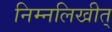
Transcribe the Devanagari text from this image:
निम्नलिखीत्